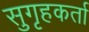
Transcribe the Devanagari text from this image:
सुगृहकर्ता